Papers set at the Examination for Leaving Certificates, 1890
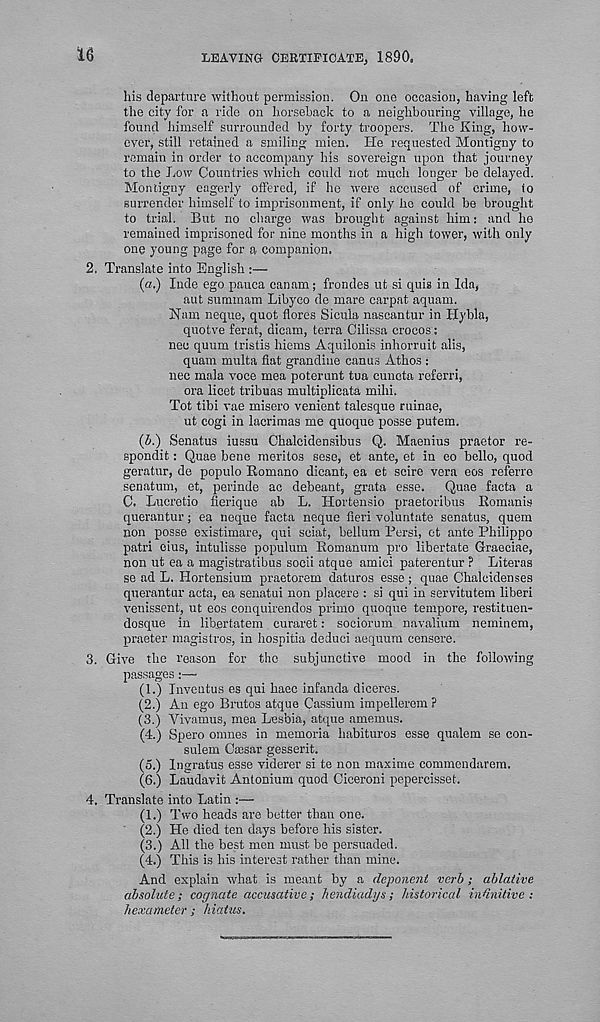
16
LEAVING CERTIFICATE, 1890.
his departure without permission. On one occasion, having left
the city for a ride on horseback to a neighbouring village, he
found himself surrounded by forty troopers. The King, how-
ever, still retained a smiling mien. He requested Montigny to
remain in order to accompany his sovereign upon that journey
to the Low Countries which could not much longer be delayed.
Montigny eagerly offered, if ho were accused of crime, to
surrender himself to imprisonment, if only ho could be brought
to trial. But no charge was brought against him: and ho
remained imprisoned for nine months in a high tower, with only
one young page for a companion,
2. Translate into English :—
(«.) Inde ego pauca can am; frondes ut si quis in Ida,
aut summam Libyco de mare carpat aquam.
Nam neque, quot flores Sicula nascantur in Hybla,
quotve ferat, dicam, terra Cilissa crocos:
nec quum tristis hiems Aquilonis inhorruit alis,
quam multa flat grandiue canus Athos :
nec mala voce mea poterunt tua cuncta referri,
ora licet tribuas multiplicata mihi.
Tot tibi vae misero venient talesque ruinae,
ut cogi in lacrimas me quoqne posse putem.
(J.) Senatus iussu Chalcidensibus Q. Maenius praetor re-
sponds : Quae bene meritos sese, et ante, et in eo bello, quod
geratur, de populo Bomano dicant, ea et scire vera eos referre
senatum, et, perinde ac debeant, grata esse.
Quae facta a
C. Lucretio fierique ab L. Hortensio praetoribus Bomanis
querantur; ea neque facta neque fieri voluntate senatus, quem
non posse esistimare, qui seiat, helium Persi, et ante Philippo
patri eius, intulisse populum Bomanum pro libertate Graeciae,
non ut ea a magistratibus socii atque amici paterentur ? Literas
se ad L. Hortensium praetorem daturos esse; quae Chalcidenses
querantur acta, ea senatui non placere : si qui in servitutem liberi
venissent, ut eos conquirendos primo quoque tempore, restituen-
dosque in lihertatem curaret: sociorum navalium neminem,
praeter magistros, in hospitia deduci aequum censere.
3. Give the reason for the subjunctive mood in the following
passages:—
(1.) Inveutus es qui haec infanda diceres.
(2.) An ego Brutos atque Cassium impellerem ?
(3.) Yivamus, mea Lesbia, atque amemus.
(4.) Spero omnes in memoria habituros esse qualem se con-
sulem Caesar gesserit.
(5.) Ingratus esse viderer si te non maxima commendarem.
(6.) Laudavit Antonium quod Ciceroni pepercisset.
4. Translate into Latin :—
(1.) Two beads are better than one.
(2.) He died ten days before his sister.
(3.) All the best men must be persuaded.
(4.) This is his interest rather than mine.
And explain what is meant by a deponent verb; ablative
absolute; cognate accusative ; hendiadys; historical in finitive :
hexameter ; hiatus.